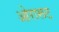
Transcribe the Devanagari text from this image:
ओरारूट